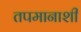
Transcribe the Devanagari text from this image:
तपमानाशी